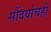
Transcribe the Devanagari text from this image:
सौंदर्याचही